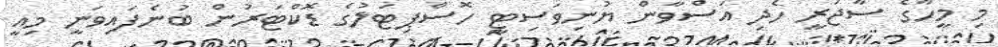
މި މީހާގެ ސާޖަރީ ހެދި އަސްވާން ޔުނިވަސިޓީ ހޮސްޕިޓަލުގެ ޑޮކްޓަރުން ބުނެފައިވަނީ މިއީ